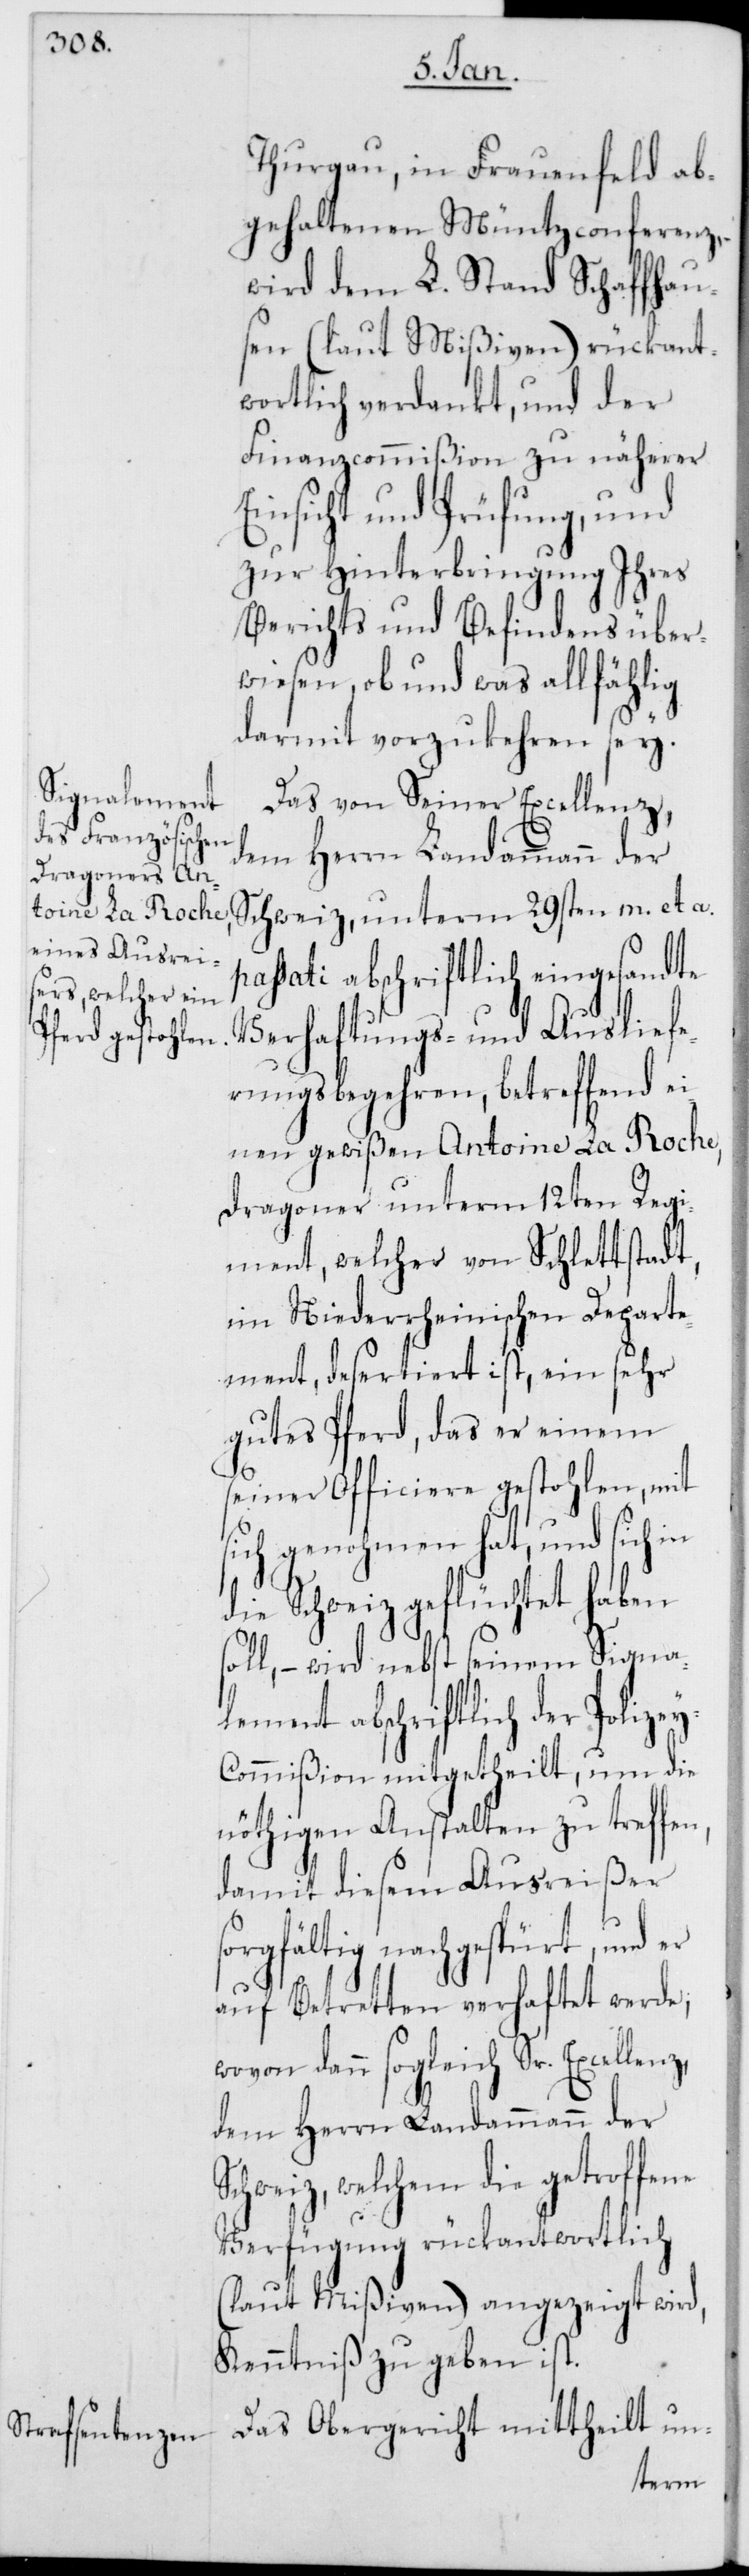
Thurgau, in Frauenfeld ab¬
gehaltenen Müntzconferenz,
wird dem L. Stand Schaffhau¬
sen (laut Mißiven) rückant¬
wortlich verdankt, und der
Finanzcommißion zu näherer
Einsicht und Prüfung, und
zu Hinterbringung Ihres
Berichts und Befindens über¬
wiesen, ob und was allfählig
darmit vorzukehren sey.
Das von Seiner Excellenz,
Schweiz, unterm 29sten m. et a.
passati abschriftlich eingesandte
Verhaftungs- und Ausliefe¬
rungsbegehren, betreffend ei¬
nen gewißen Antoine La Roche,
Dragoner unterm 12ten Regi¬
ment, welcher von Schettstadt,
im Niederrheinischen Departe¬
ment, desertiert ist, ein sehr
gutes Pferd, das er einem
seiner Officiere gestohlen, mit
sich genohmen hat, und sich in
die Schweiz geflüchtet haben
– wird nebst seinem Signa¬
lement abschriftlich der Polize¬
y-Commißion mitgetheilt, um die
nöthigen Anstalten zu treffen,
damit diesem Ausreißer
sorgfältig nachgespürt, und er
auf Betretten verhaftet werde;
wovon dann sogleich Sr. Excel¬
dem Herrn Landammann der
Schweiz, welchem die getroffene
Verfügung rückantwortlich
(laut Mißiven) angezeigt wird,
Kenntniß zu geben ist.
Das Obergericht mittheilt un-
lenz,